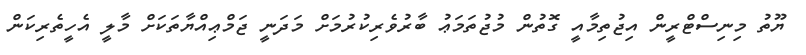
ޔޫތު މިނިސްޓްރީން އިޖުތިމާއީ ގޮތުން މުޖުތަމަޢު ބާރުވެރިކުރުމަށް މަދަނީ ޖަމްޢިއްޔާތަކަށް މާލީ އެހީތެރިކަން